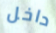
داخل